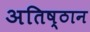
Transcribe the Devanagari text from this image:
अतिष्ठान